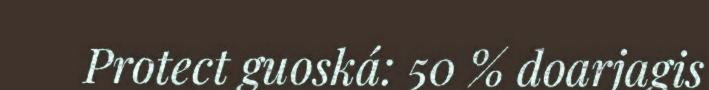
Protect guoská: 50 % doarjagis